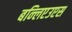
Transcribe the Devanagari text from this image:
बन्लिएउएस